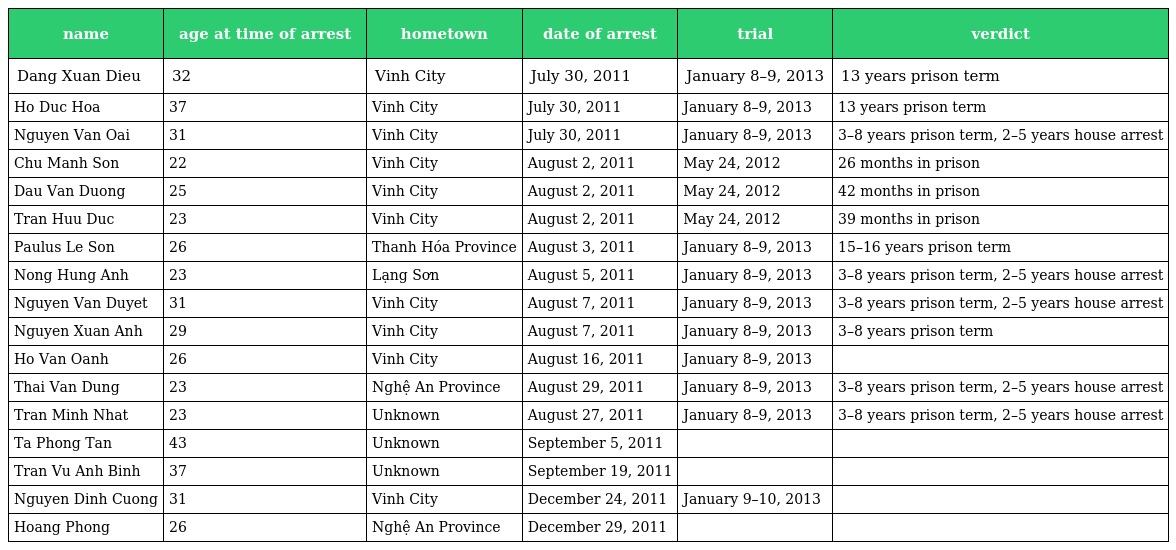
| name | age at time of arrest | hometown | date of arrest | trial | verdict |
 | --- | --- | --- | --- | --- | --- |
 | Dang Xuan Dieu | 32 | Vinh City | July 30, 2011 | January 8–9, 2013 | 13 years prison term |
 | Ho Duc Hoa | 37 | Vinh City | July 30, 2011 | January 8–9, 2013 | 13 years prison term |
 | Nguyen Van Oai | 31 | Vinh City | July 30, 2011 | January 8–9, 2013 | 3–8 years prison term, 2–5 years house arrest |
 | Chu Manh Son | 22 | Vinh City | August 2, 2011 | May 24, 2012 | 26 months in prison |
 | Dau Van Duong | 25 | Vinh City | August 2, 2011 | May 24, 2012 | 42 months in prison |
 | Tran Huu Duc | 23 | Vinh City | August 2, 2011 | May 24, 2012 | 39 months in prison |
 | Paulus Le Son | 26 | Thanh Hóa Province | August 3, 2011 | January 8–9, 2013 | 15–16 years prison term |
 | Nong Hung Anh | 23 | Lạng Sơn | August 5, 2011 | January 8–9, 2013 | 3–8 years prison term, 2–5 years house arrest |
 | Nguyen Van Duyet | 31 | Vinh City | August 7, 2011 | January 8–9, 2013 | 3–8 years prison term, 2–5 years house arrest |
 | Nguyen Xuan Anh | 29 | Vinh City | August 7, 2011 | January 8–9, 2013 | 3–8 years prison term |
 | Ho Van Oanh | 26 | Vinh City | August 16, 2011 | January 8–9, 2013 |  |
 | Thai Van Dung | 23 | Nghệ An Province | August 29, 2011 | January 8–9, 2013 | 3–8 years prison term, 2–5 years house arrest |
 | Tran Minh Nhat | 23 | Unknown | August 27, 2011 | January 8–9, 2013 | 3–8 years prison term, 2–5 years house arrest |
 | Ta Phong Tan | 43 | Unknown | September 5, 2011 |  |  |
 | Tran Vu Anh Binh | 37 | Unknown | September 19, 2011 |  |  |
 | Nguyen Dinh Cuong | 31 | Vinh City | December 24, 2011 | January 9–10, 2013 |  |
 | Hoang Phong | 26 | Nghệ An Province | December 29, 2011 |  |  |